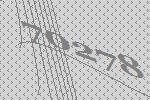
70278